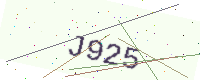
Text: J925